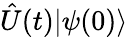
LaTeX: {\hat{U}}(t)|\psi(0)\rangle